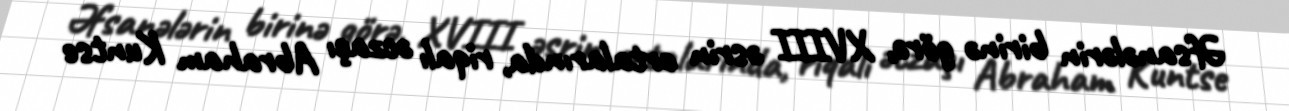
Əfsanələrin birinə görə, XVIII əsrin ortalarında, riqalı əczaçı Abraham Kuntse